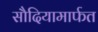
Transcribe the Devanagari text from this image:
सौदियामार्फत